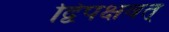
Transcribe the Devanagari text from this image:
द्विपक्षवत्‌